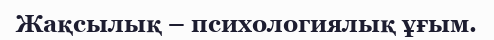
Жақсылық – психологиялық ұғым.